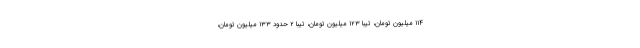
۱۱۴ میلیون تومان، تیبا ۱۲۳ میلیون تومان، تیبا ۲ حدود ۱۳۳ میلیون تومان،